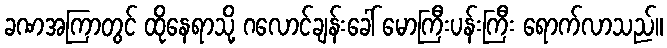
ခဏအကြာတွင် ထိုနေရာသို့ ဂလောင်ချန်းခေါ် မောကြီးပန်းကြီး ရောက်လာသည်။